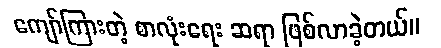
ကျော်ကြားတဲ့ စာလုံးရေး ဆရာ ဖြစ်လာခဲ့တယ်။